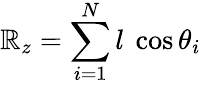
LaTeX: \mathbb{R}_{z}=\sum_{i=1}^{N}l{\mathrm{{~}}}\cos\theta_{i}